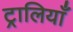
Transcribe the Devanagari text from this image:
ट्रालियाँ